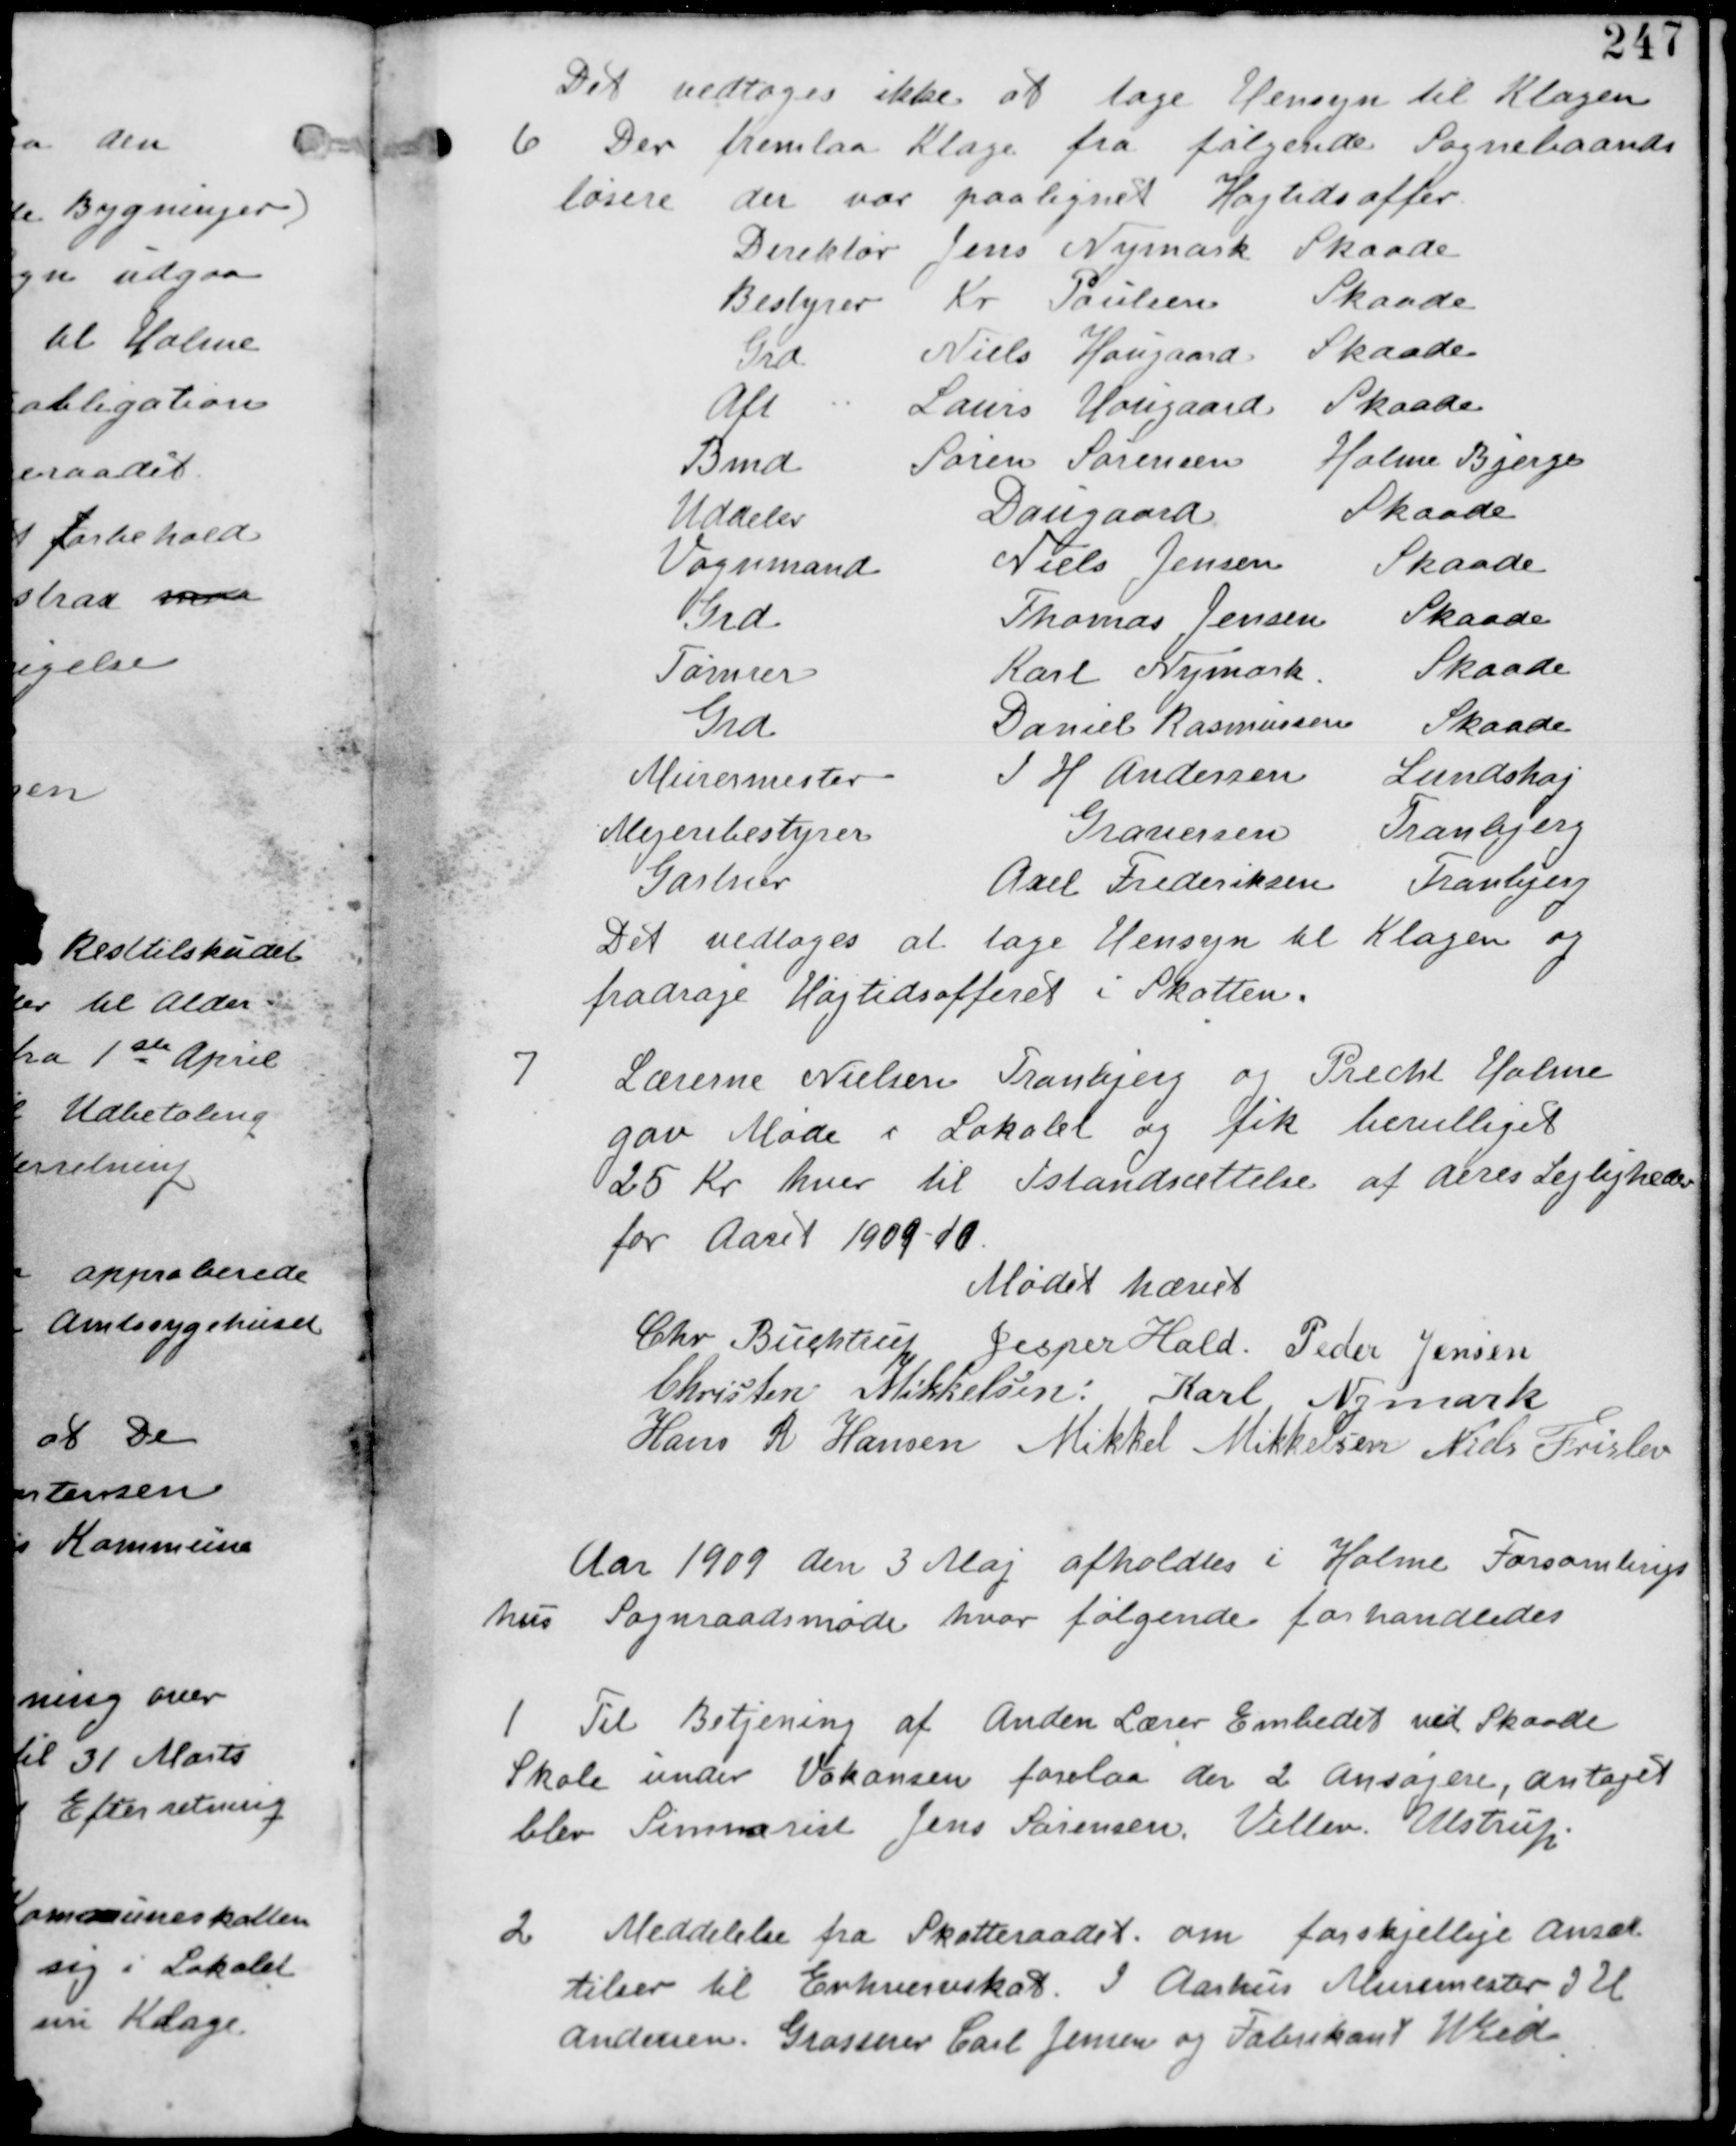
Transskription:
Det vedtages ikke at tage hensyn til Klagen.

6 Der fremlaa Klage fra følgende Sognebaands
løsere der var paalagt Højtidsoffer.
Direktør Jens Nymark Skaade
Bestyrer Kr Poulsen Skaade
Grd Niels Hougaard Skaade
Afl Louis Hougaard Skaade
Bmd Søren Sørensen Holme Bjerge
Uddeler Daugaard Skaade
Vognmand Niels Jensen Skaade
Grd Thomas Jensen Skaade
Tømrer Karl Nymark Skaade
Grd Daniel Rasmussen Skaade
Murermester J H Andersen Lundshøj
Mejeribestyrer Graversen Tranbjerg
Gartner Axel Frederiksen Tranbjerg
Det vedtages at tage Hensyn til Klagen og
fradrage Højtidsofferet i Skatten.

7
Lærerne Nielsen Tranbjerg og Precht Holme
gav Møde i Lokalet og fik bevilliget
25 Kr hver til Istandsættelse af deres Lejligheder
for Aaret 1909-10

Mødet hævet
Chr Buchtrup Jesper Hald Peder Jensen
Christen Mikkelsen: Karl Nymark
Hans R Hansen Mikkel Mikkelsen Niels Frislev

Aar 1909 den 3 Maj afholdes i Holme Forsamlings
hus Sogneraadsmøde hvor følgende forhandledes

1 Til Betjening af Anden Lærer Embedet ved Skaade
Skole under Vakansen forelaa der 2 Ansøgninger, antaget
blev Seminarist Jens Sørensen. Villev Ulstrup.

2 Meddelelse fra Skatteraadet om forskjellige ansæt
telser til Erhvervskat. I Aarhus Murermester I H
Andersen. Grosserer Carl Jensen og Fabrikant Wiede